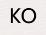
KO